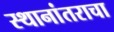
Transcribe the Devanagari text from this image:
स्थानांतराचा